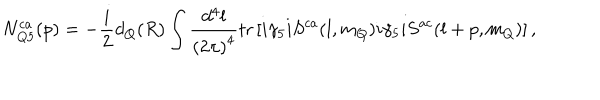
N _ { Q 5 } ^ { c a } ( p ) = - \frac { i } { 2 } d _ { Q } ( R ) \int \frac { d ^ { 4 } l } { { ( 2 \pi ) } ^ { 4 } } \mathrm { t r } \left[ i \gamma _ { 5 } i S ^ { c a } ( l , m _ { Q } ) i \gamma _ { 5 } i S ^ { a c } ( l + p , m _ { Q } ) \right] ,